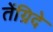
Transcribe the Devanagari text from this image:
तेंग्रिदे